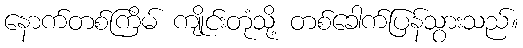
နောက်တစ်ကြိမ် ကျိုင်းတုံသို့ တစ်ခေါက်ပြန်သွားသည်။